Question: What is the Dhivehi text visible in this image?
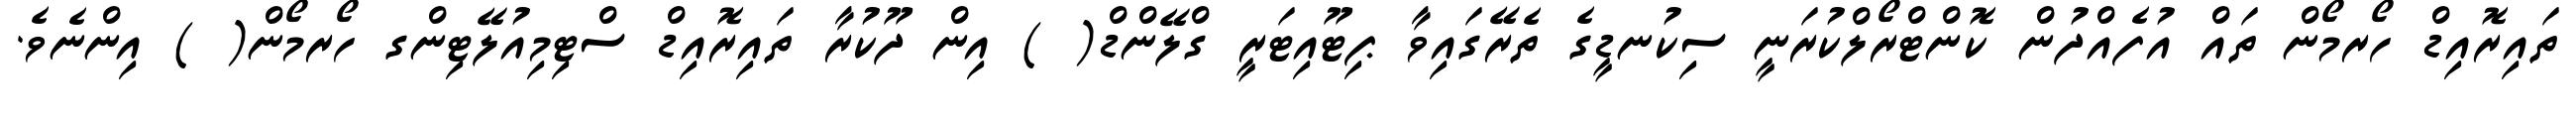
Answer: ތައިރޮއިޑް ހޯރމޯން ތައް އުފެއްދުން ކޮންޓްރޯލްކުރަނީ ސިކުނޑީގެ ތެރޭގައިވާ ޕިޓޫއިޓަރީ ގްލޭންޑް( ) އިން ދޫކުރާ ތައިރޮއިޑް ސްޓިމިއުލޭޓިންގ ހޯރމޯން( ) އިންނެވެ.